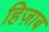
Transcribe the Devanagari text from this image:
हिज़ाब